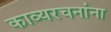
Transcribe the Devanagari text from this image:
काव्यरचनांना